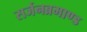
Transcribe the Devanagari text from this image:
सर्जनब्रमाण्ड